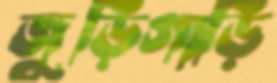
জুড়িগাড়ি